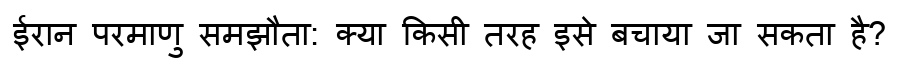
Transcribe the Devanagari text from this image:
ईरान परमाणु समझौता: क्या किसी तरह इसे बचाया जा सकता है?